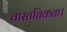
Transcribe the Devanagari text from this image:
वास्तविकता।